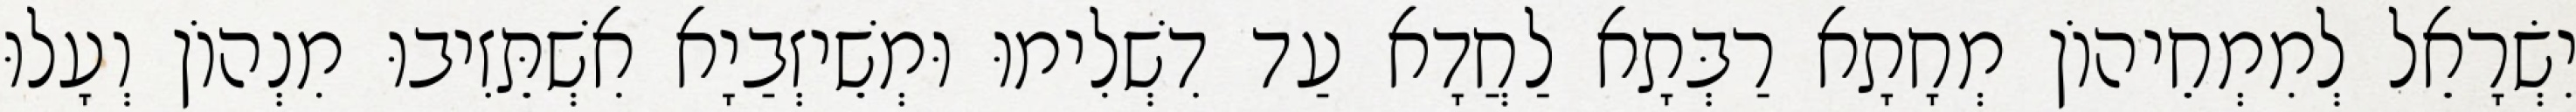
יִשְׂרָאֵל לְמִמְחֵיהוֹן מְחָתָא רַבְּתָא לַחֲדָא עַד דִשְׁלִימוּ וּמְשֵׁיזְבַיָא אִשְׁתֵּזִיבוּ מִנְהוֹן וְעָלוּ